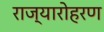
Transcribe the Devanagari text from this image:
राज्यारोहरण